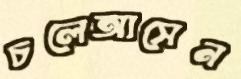
চলেআসেন